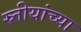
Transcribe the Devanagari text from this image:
स्र्तीयांच्या